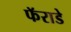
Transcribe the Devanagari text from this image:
फॅराडे